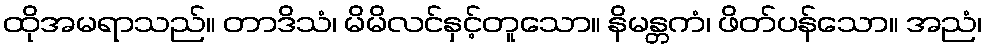
ထိုအမရာသည်။ တာဒိသံ၊ မိမိလင်နှင့်တူသော။ နိမန္တကံ၊ ဖိတ်ပန်သော။ အညံ၊